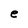
Character: e